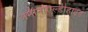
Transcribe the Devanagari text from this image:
अमीनोएल्डीहाइड